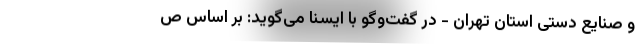
و صنایع دستی استان تهران - در گفت‌وگو با ایسنا می‌گوید: بر اساس ص